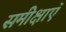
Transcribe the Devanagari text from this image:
समीक्षाऍ